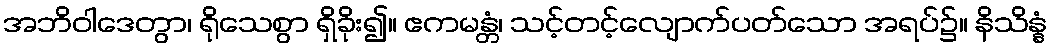
အဘိဝါဒေတွာ၊ ရိုသေစွာ ရှိခိုး၍။ ဧကမန္တံ၊ သင့်တင့်လျောက်ပတ်သော အရပ်၌။ နိသိန္နံ